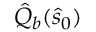
\hat { Q } _ { b } ( \hat { s } _ { 0 } )